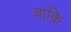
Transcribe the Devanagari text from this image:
बाक़ि